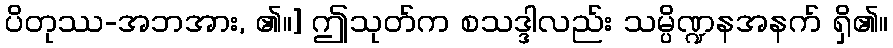
ပိတုဿ-အဘအား, ၏။] ဤသုတ်က စသဒ္ဒါလည်း သမ္ပိဏ္ဍနအနက် ရှိ၏။